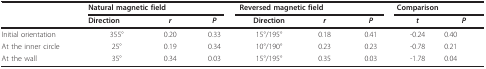
|  | <COLSPAN=3> Natural magnetic field | <COLSPAN=3> Reversed magnetic field | <COLSPAN=2> Comparison |
 |  | Direction | r | P | Direction | r | P | t | P |
 | --- | --- | --- | --- | --- | --- | --- | --- | --- |
 | Initial orientation | 355° | 0.20 | 0.33 | 15°/195° | 0.18 | 0.41 | -0.24 | 0.40 |
 | At the inner circle | 25° | 0.19 | 0.34 | 10°/190° | 0.23 | 0.23 | -0.78 | 0.21 |
 | At the wall | 35° | 0.34 | 0.03 | 15°/195° | 0.35 | 0.03 | -1.78 | 0.04 |